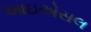
આઇએસલ